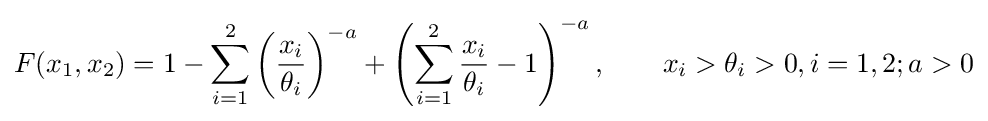
F(x_{1},x_{2})=1-\sum _{i=1}^{2}\left({\frac {x_{i}}{\theta _{i}}}\right)^{-a}+\left(\sum _{i=1}^{2}{\frac {x_{i}}{\theta _{i}}}-1\right)^{-a},\qquad x_{i}>\theta _{i}>0,i=1,2;a>0